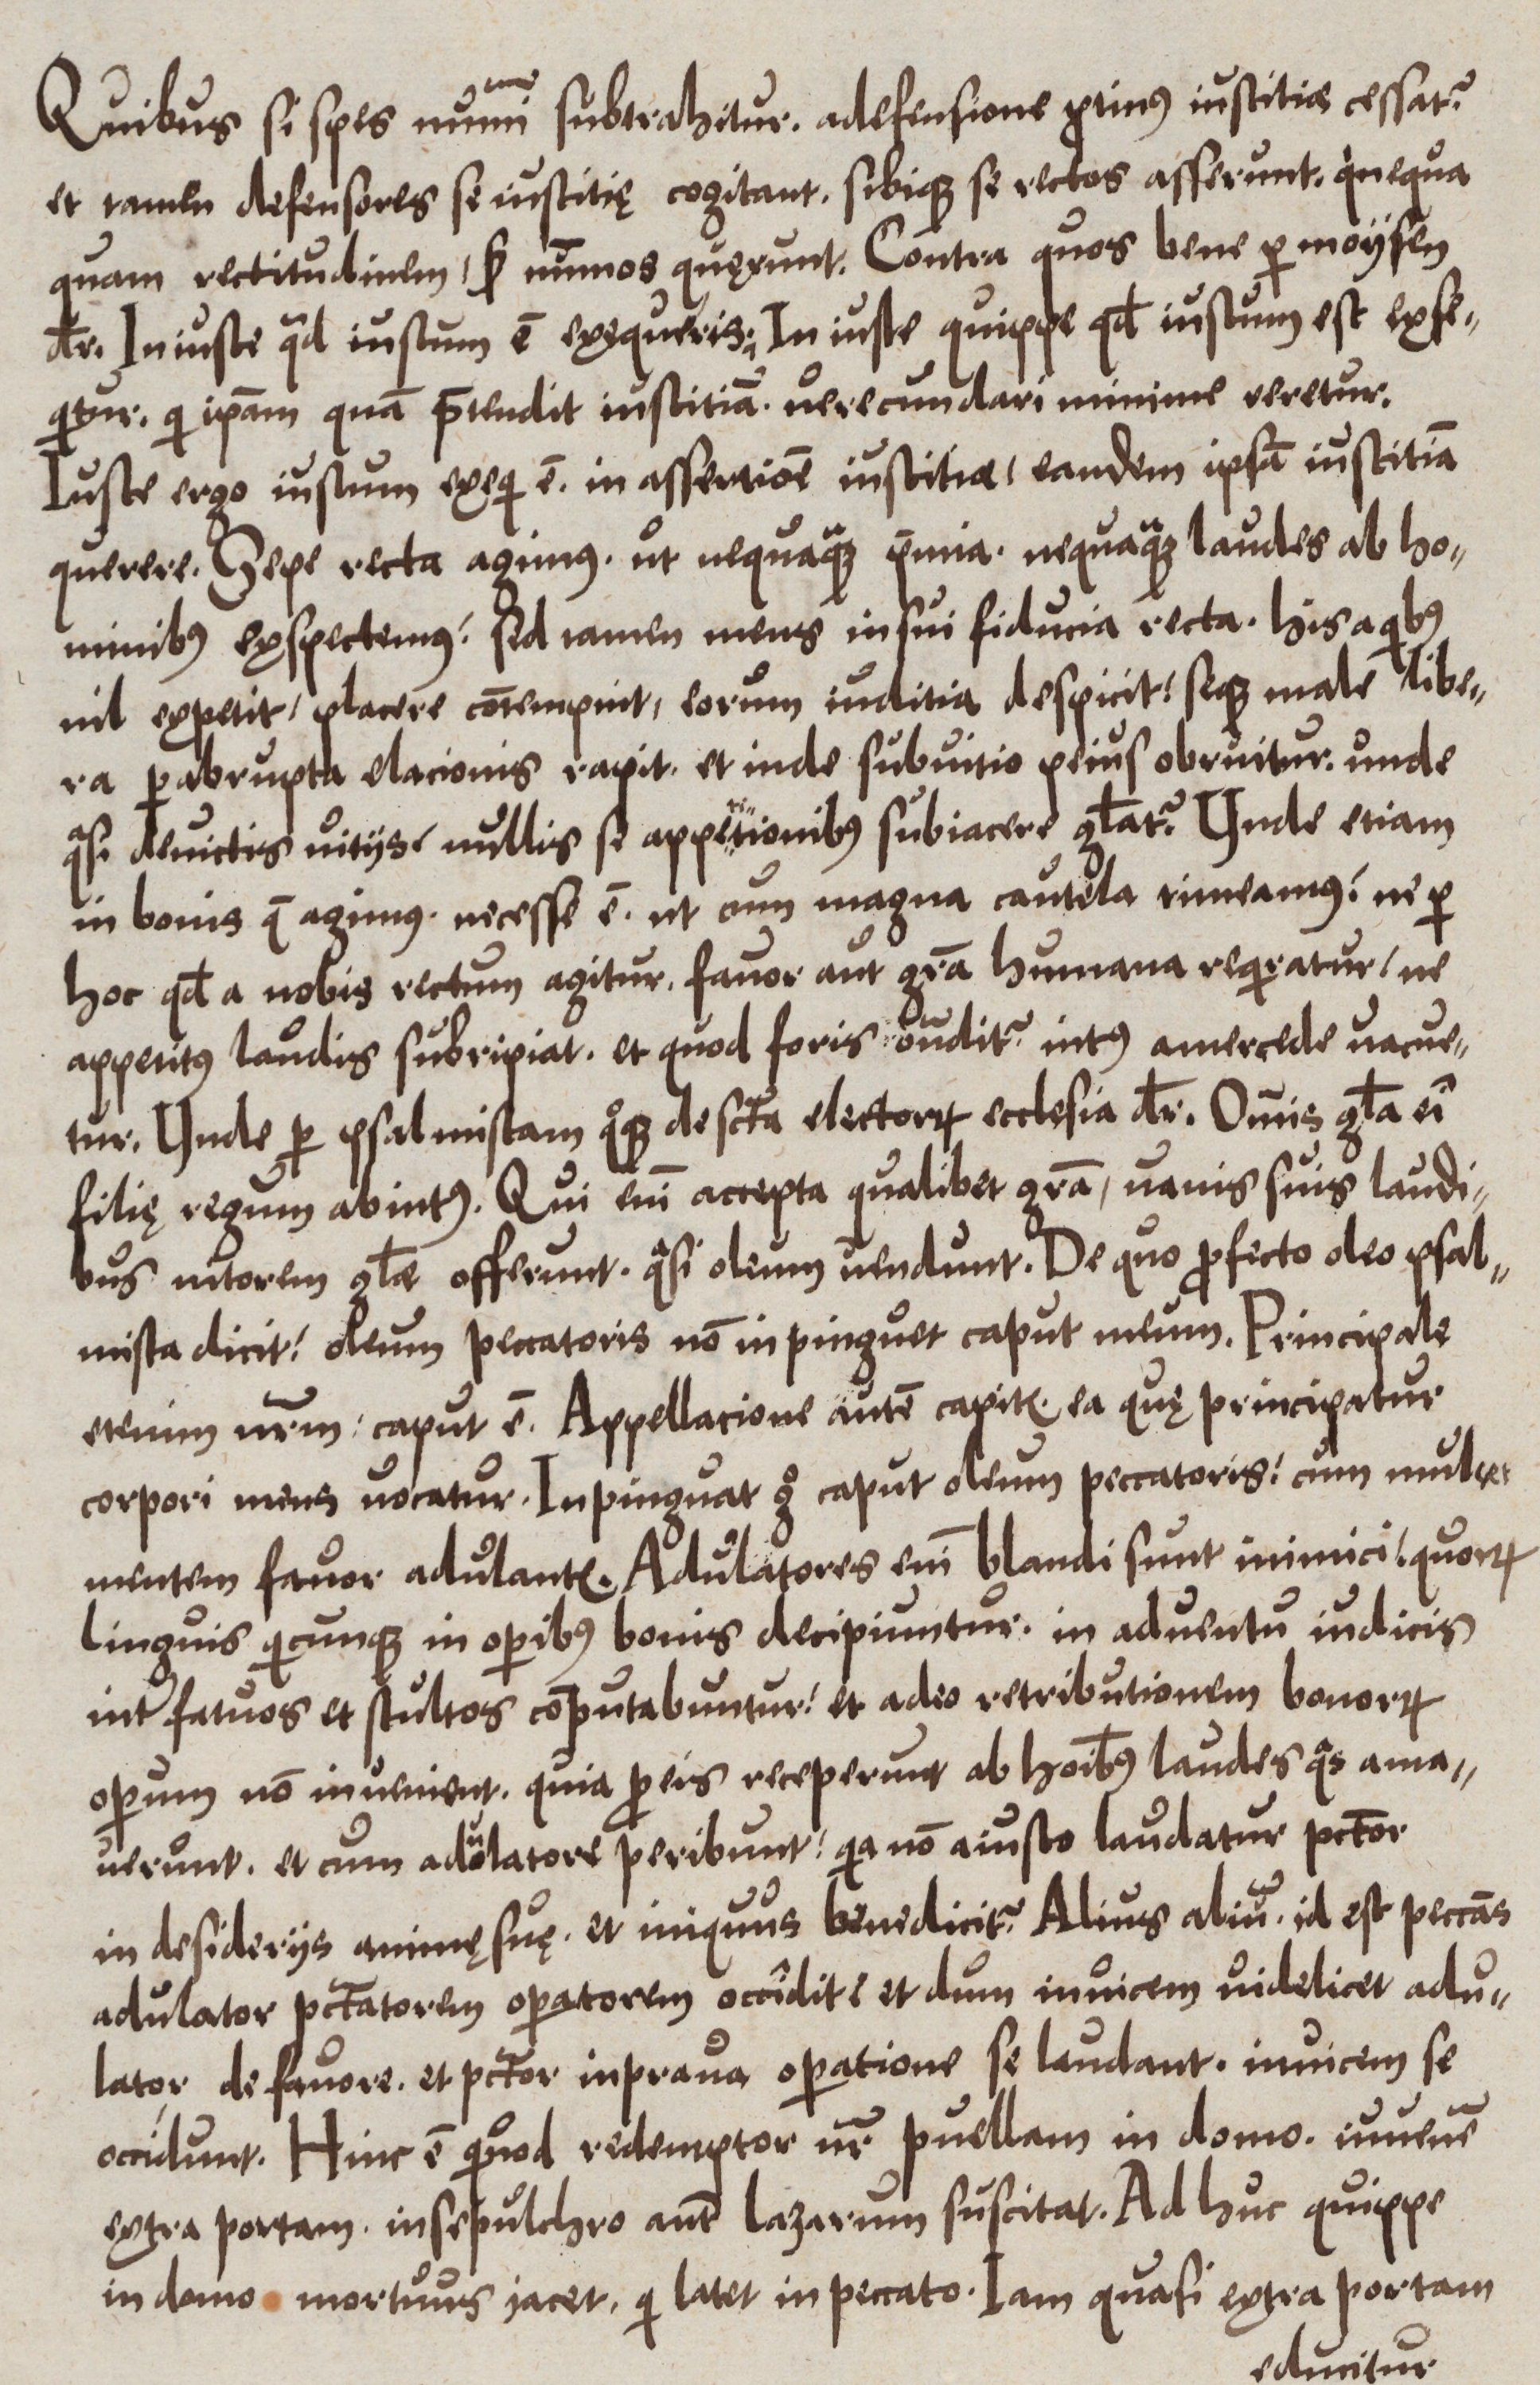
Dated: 1550–1599